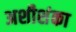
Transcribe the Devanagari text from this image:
अशीशंका